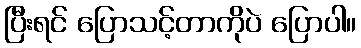
ပြီးရင် ပြောသင့်တာကိုပဲ ပြောပါ။